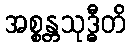
အစ္စန္တသုဒ္ဓီတိ